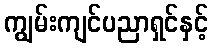
ကျွမ်းကျင်ပညာရှင်နှင့်